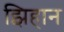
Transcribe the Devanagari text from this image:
झिहान